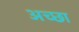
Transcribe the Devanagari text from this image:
अच्छा